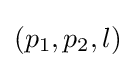
(p_{1},p_{2},l)